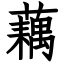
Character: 藕